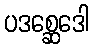
ပဒစ္ဆေဒေါ